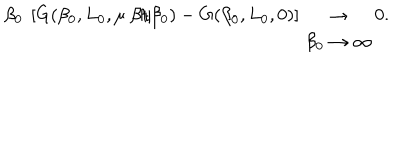
\beta _ { 0 } \ \left[ G ( \beta _ { 0 } , L _ { 0 } , \mu \ \beta / \beta _ { 0 } ) - G ( \beta _ { 0 } , L _ { 0 } , 0 ) \right] \begin{array} { c } { { \rightarrow } } \\ { { \beta _ { 0 } \rightarrow \infty } } \\ \end{array} 0 .